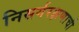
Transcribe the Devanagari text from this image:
निसर्गरक्षणाची